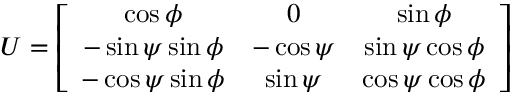
U = \left[ \begin{array} { c c c } { { \cos \phi } } & { { 0 } } & { { \sin \phi } } \\ { { - \sin \psi \sin \phi } } & { { - \cos \psi } } & { { \sin \psi \cos \phi } } \\ { { - \cos \psi \sin \phi } } & { { \sin \psi } } & { { \cos \psi \cos \phi } } \end{array} \right]